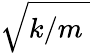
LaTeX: \sqrt{k/m\; }